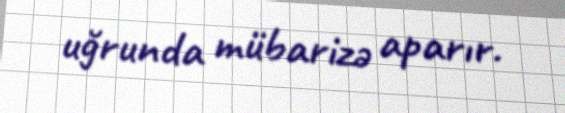
uğrunda mübarizə aparır.